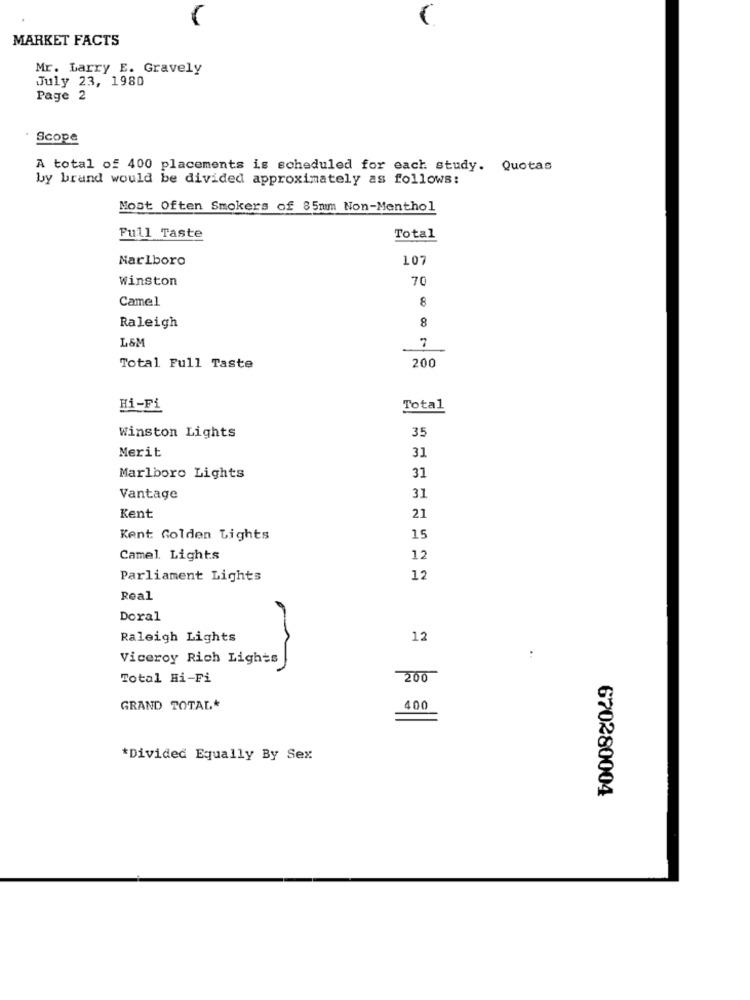
MARKET FACTS
Mr. Larry E. Gravely
July 23, 1980
Page 2
Scope
A total of 400 placements is scheduled for each study. Quotas
by brand would be divided approximately as follows:
Most Often Smokers of 85mm Non-Menthol
Full Taste
Total
Marlboro
107
Winston
70
Camel
8
8
Raleigh
L&M
200
Total Full Taste
Hi-Fi
Total
Winston Lights
35
Merit
31
31
Marlboro Lights
31
Vantage
21
Kent
Kent Golden Lights
15
Camel Lights
12
Parliament Lights
12
Real
Doral
Raleigh Lights
12
Viceroy Rich Lights
Total Hi-Fi
200
GRAND TOTAL*
400
*Divided Equally By Sex
670280004